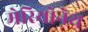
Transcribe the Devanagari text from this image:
मेरियोनेथ